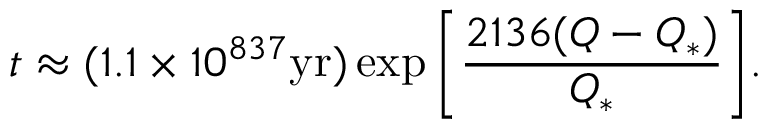
t \approx ( 1 . 1 \times 1 0 ^ { 8 3 7 } \mathrm { y r } ) \exp { \left[ { \frac { 2 1 3 6 ( Q - Q _ { * } ) } { Q _ { * } } } \right] } .